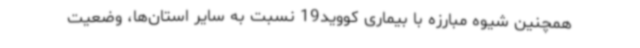
همچنین شیوه مبارزه با بیماری کووید19 نسبت به سایر استان‌ها، وضعیت